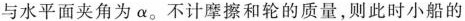
与水平面夹角为α。不计摩擦和轮的质量，则此时小船的